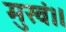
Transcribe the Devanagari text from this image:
मुखं।।